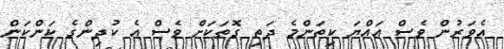
އެވަރުން ވެސް އައްޔަ ކިތަންމެ ދަތި ގޮތަކަށް ވެސް އެ ކުދިންގެ ކަންކަން